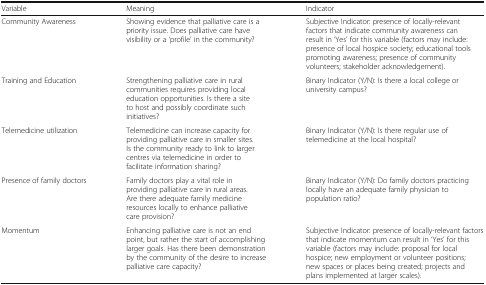
<table><thead><tr><td><b>Variable</b></td><td><b>Meaning</b></td><td><b>Indicator</b></td></tr></thead><tbody><tr><td>Community Awareness</td><td>Showing evidence that palliative care is a priority issue. Does palliative care have visibility or a ‘profile’ in the community?</td><td>Subjective Indicator: presence of locally-relevant factors that indicate community awareness can result in ‘Yes’ for this variable (factors may include: presence of local hospice society; educational tools promoting awareness; presence of community volunteers; stakeholder acknowledgement).</td></tr><tr><td>Training and Education</td><td>Strengthening palliative care in rural communities requires providing local education opportunities. Is there a site to host and possibly coordinate such initiatives?</td><td>Binary Indicator (Y/N): Is there a local college or university campus?</td></tr><tr><td>Telemedicine utilization</td><td>Telemedicine can increase capacity for providing palliative care in smaller sites. Is the community ready to link to larger centres via telemedicine in order to facilitate information sharing?</td><td>Binary Indicator (Y/N): Is there regular use of telemedicine at the local hospital?</td></tr><tr><td>Presence of family doctors</td><td>Family doctors play a vital role in providing palliative care in rural areas. Are there adequate family medicine resources locally to enhance palliative care provision?</td><td>Binary Indicator (Y/N): Do family doctors practicing locally have an adequate family physician to population ratio?</td></tr><tr><td>Momentum</td><td>Enhancing palliative care is not an end point, but rather the start of accomplishing larger goals. Has there been demonstration by the community of the desire to increase palliative care capacity?</td><td>Subjective Indicator: presence of locally-relevant factors that indicate momentum can result in ‘Yes’ for this variable (factors may include: proposal for local hospice; new employment or volunteer positions; new spaces or places being created; projects and plans implemented at larger scales).</td></tr></tbody></table>